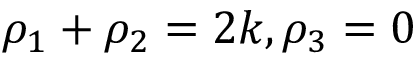
\rho _ { 1 } + \rho _ { 2 } = 2 k , \rho _ { 3 } = 0